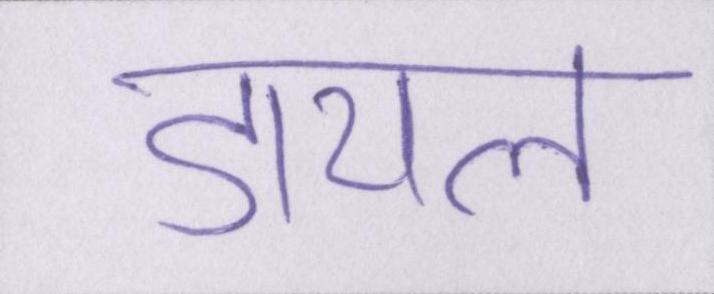
डायल